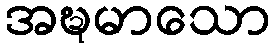
အဍ္ဎမာသော